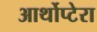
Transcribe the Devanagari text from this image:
आर्थोप्टेरा